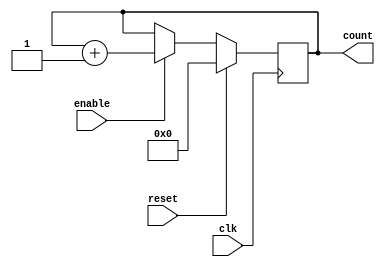
module Counter(
  input clk, 
  input reset,
  input enable = 1,
  output reg [SIZE-1:0] count
);

  parameter SIZE = 32;

  always@(posedge clk) begin
    if(reset == 1) begin
      count <= 0;
    end else begin
      if(enable == 1) begin
        count <= count + 1;
      end
    end
  end

endmodule